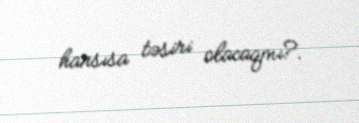
hansısa təsiri olacaqmı?.